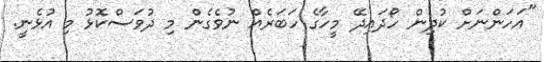
"އަހަންނަށް ކުދިން ހޯދައިދޭ މީހާގެ ހަބަރެއް ނުވެގެން މިި ދުވަސްކޮޅު މި އުޅެނީ.